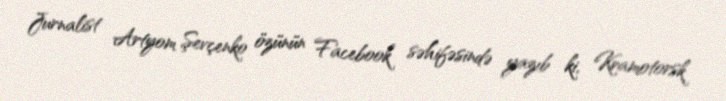
Jurnalist Artyom Şevçenko özünün Facebook səhifəsində yazıb ki, Kramotorsk